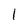
Character: 1